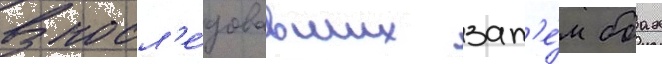
В посл'е́довавших зат'е́м боах